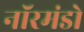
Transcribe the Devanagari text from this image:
नॉरमंडो